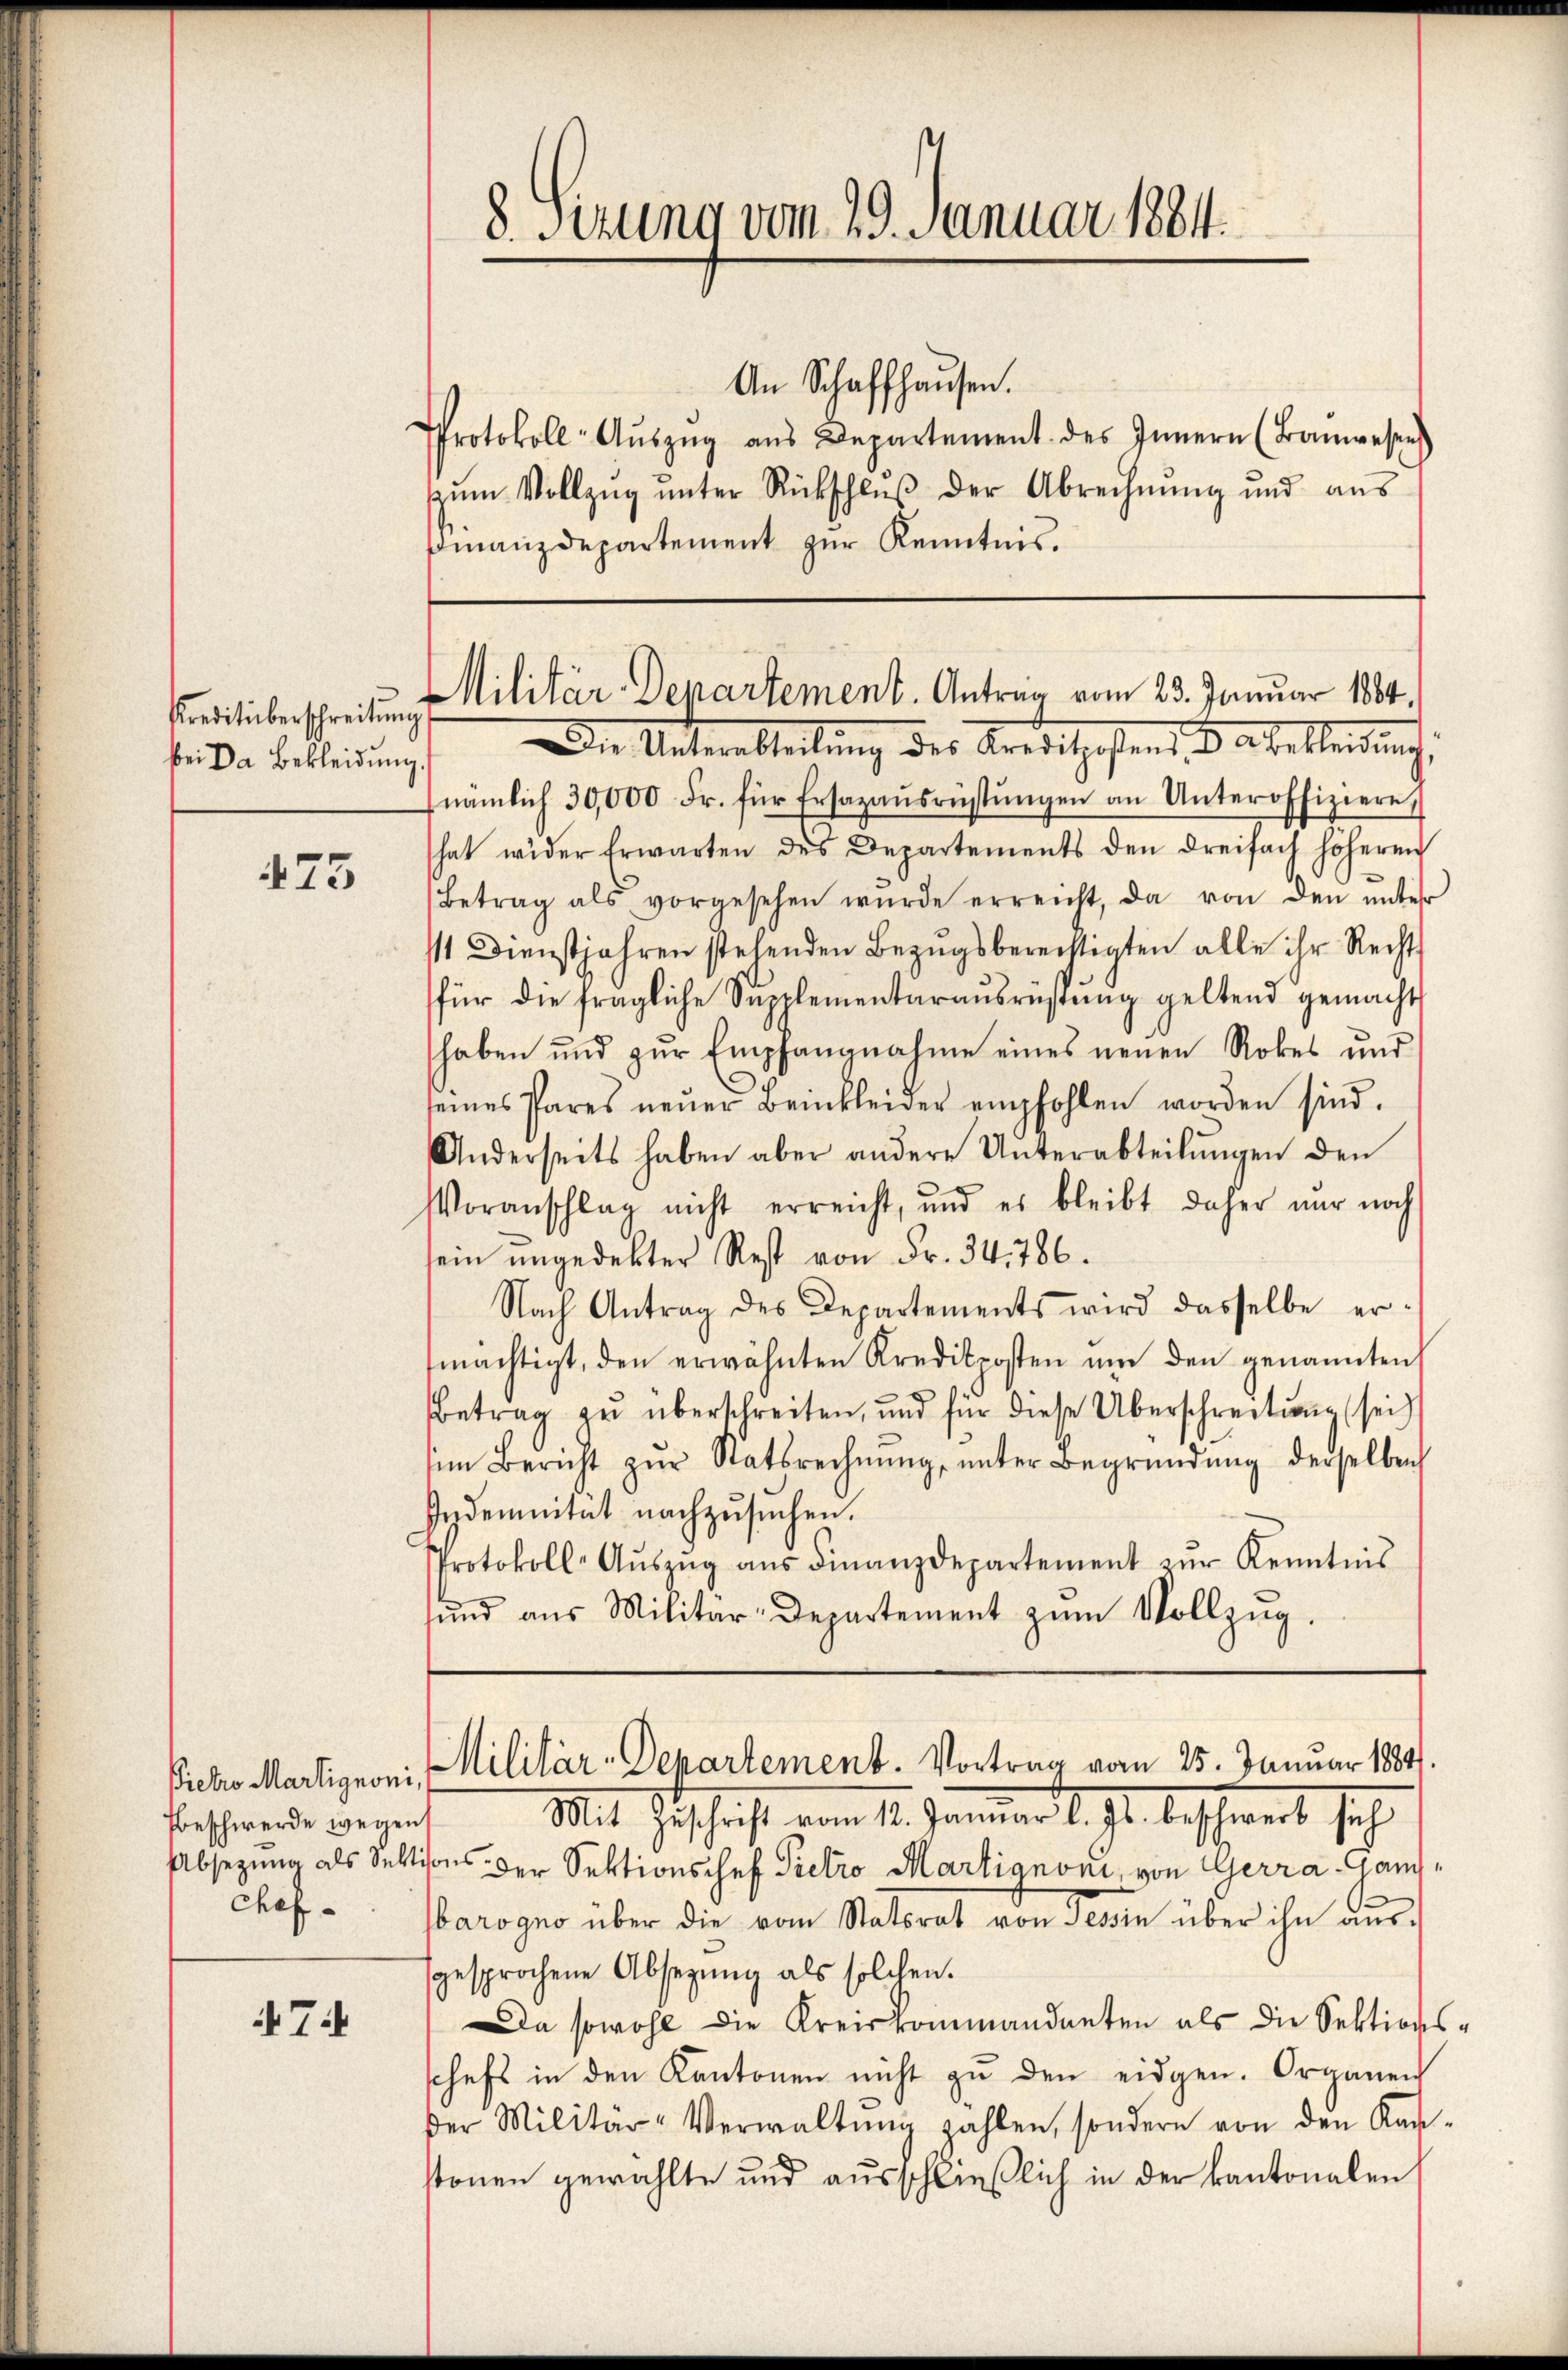
bei Da Bekleidung.

473

Beschwerde wegen
chef.

7

8. Sitzung vom 29. Januar 1884.

Protokoll-Aŭszŭg ans Departement des Innern (Banwesen
zŭm Vollzŭg ŭnter Rückschlŭβ der Abrechnŭng und aus
Finanzdepartement zur Kenntnis.

An Schaffhausen.

Kreditüberschreiten Militär-Departement. Antrag vom 23. Januar 1884.
Die Unterabteilung des Kreischeffend u. aberleidung

nämlich 30,000 Fr. für Ersazaŭsrüstŭngen an Unteroffiziere,
hat wider Erwarten des Departements den dreifach höheren
Betrag als vorgesehen wŭrde erreicht, da von den unter
st Dienstjahren stehenden Bezŭgsberechtigten alle ihr Recht-
für die fragliche Supplementarausrüstung geltend gemacht
haben und zŭr Empfangnahme eines neuen Rokes und
seines Pares neŭer Beinkleider empfohlen worden sind.
Anderseits haben aber andere Unterabteilŭngen den
Voranschlag nicht erreicht, und es bleibt daher nur noch
sein ungedekter Rest von Fr. 34, 786.
Nach Antrag des Departements wird dasselbe ermächtigt, den erwähnten Kredikposten ŭm den genannten
Betrag zu überschreiten, und für diese Überschreitung sei
im Bericht zŭr Statsrechnŭng ŭnter Begründŭng derselben
Indemnität nachzusuchen.
Protokoll-Aŭszŭg aŭs Finanzdepartement zŭr Kenntnis
ŭnd aus Militär-Departement zŭm Vollzŭg.

Piehro Martignoni, Militär-Departement. Vortrag vom 25. Januar 18841.

Mit Zuschrift vom 14. Januar 18. 71. beschwert seh
Absezung als Sektions der Sektionschef Pietro Martignoni, von Gerra-Ganarogno über die vom Statsrat von Tessin über ihn aŭs-
gesprochene Absezŭng als solchen.
Da sowohl die Kreiskommandanten als die Sektionsschaft in den Kantonen nicht zŭ den eidgen. Organen
der Militär-Verwaltŭng zahlen, sondern von den Kan-
stonen gewählte und ausschließlich in der kantonalen